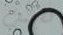
تفهمت